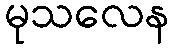
မုသလေန